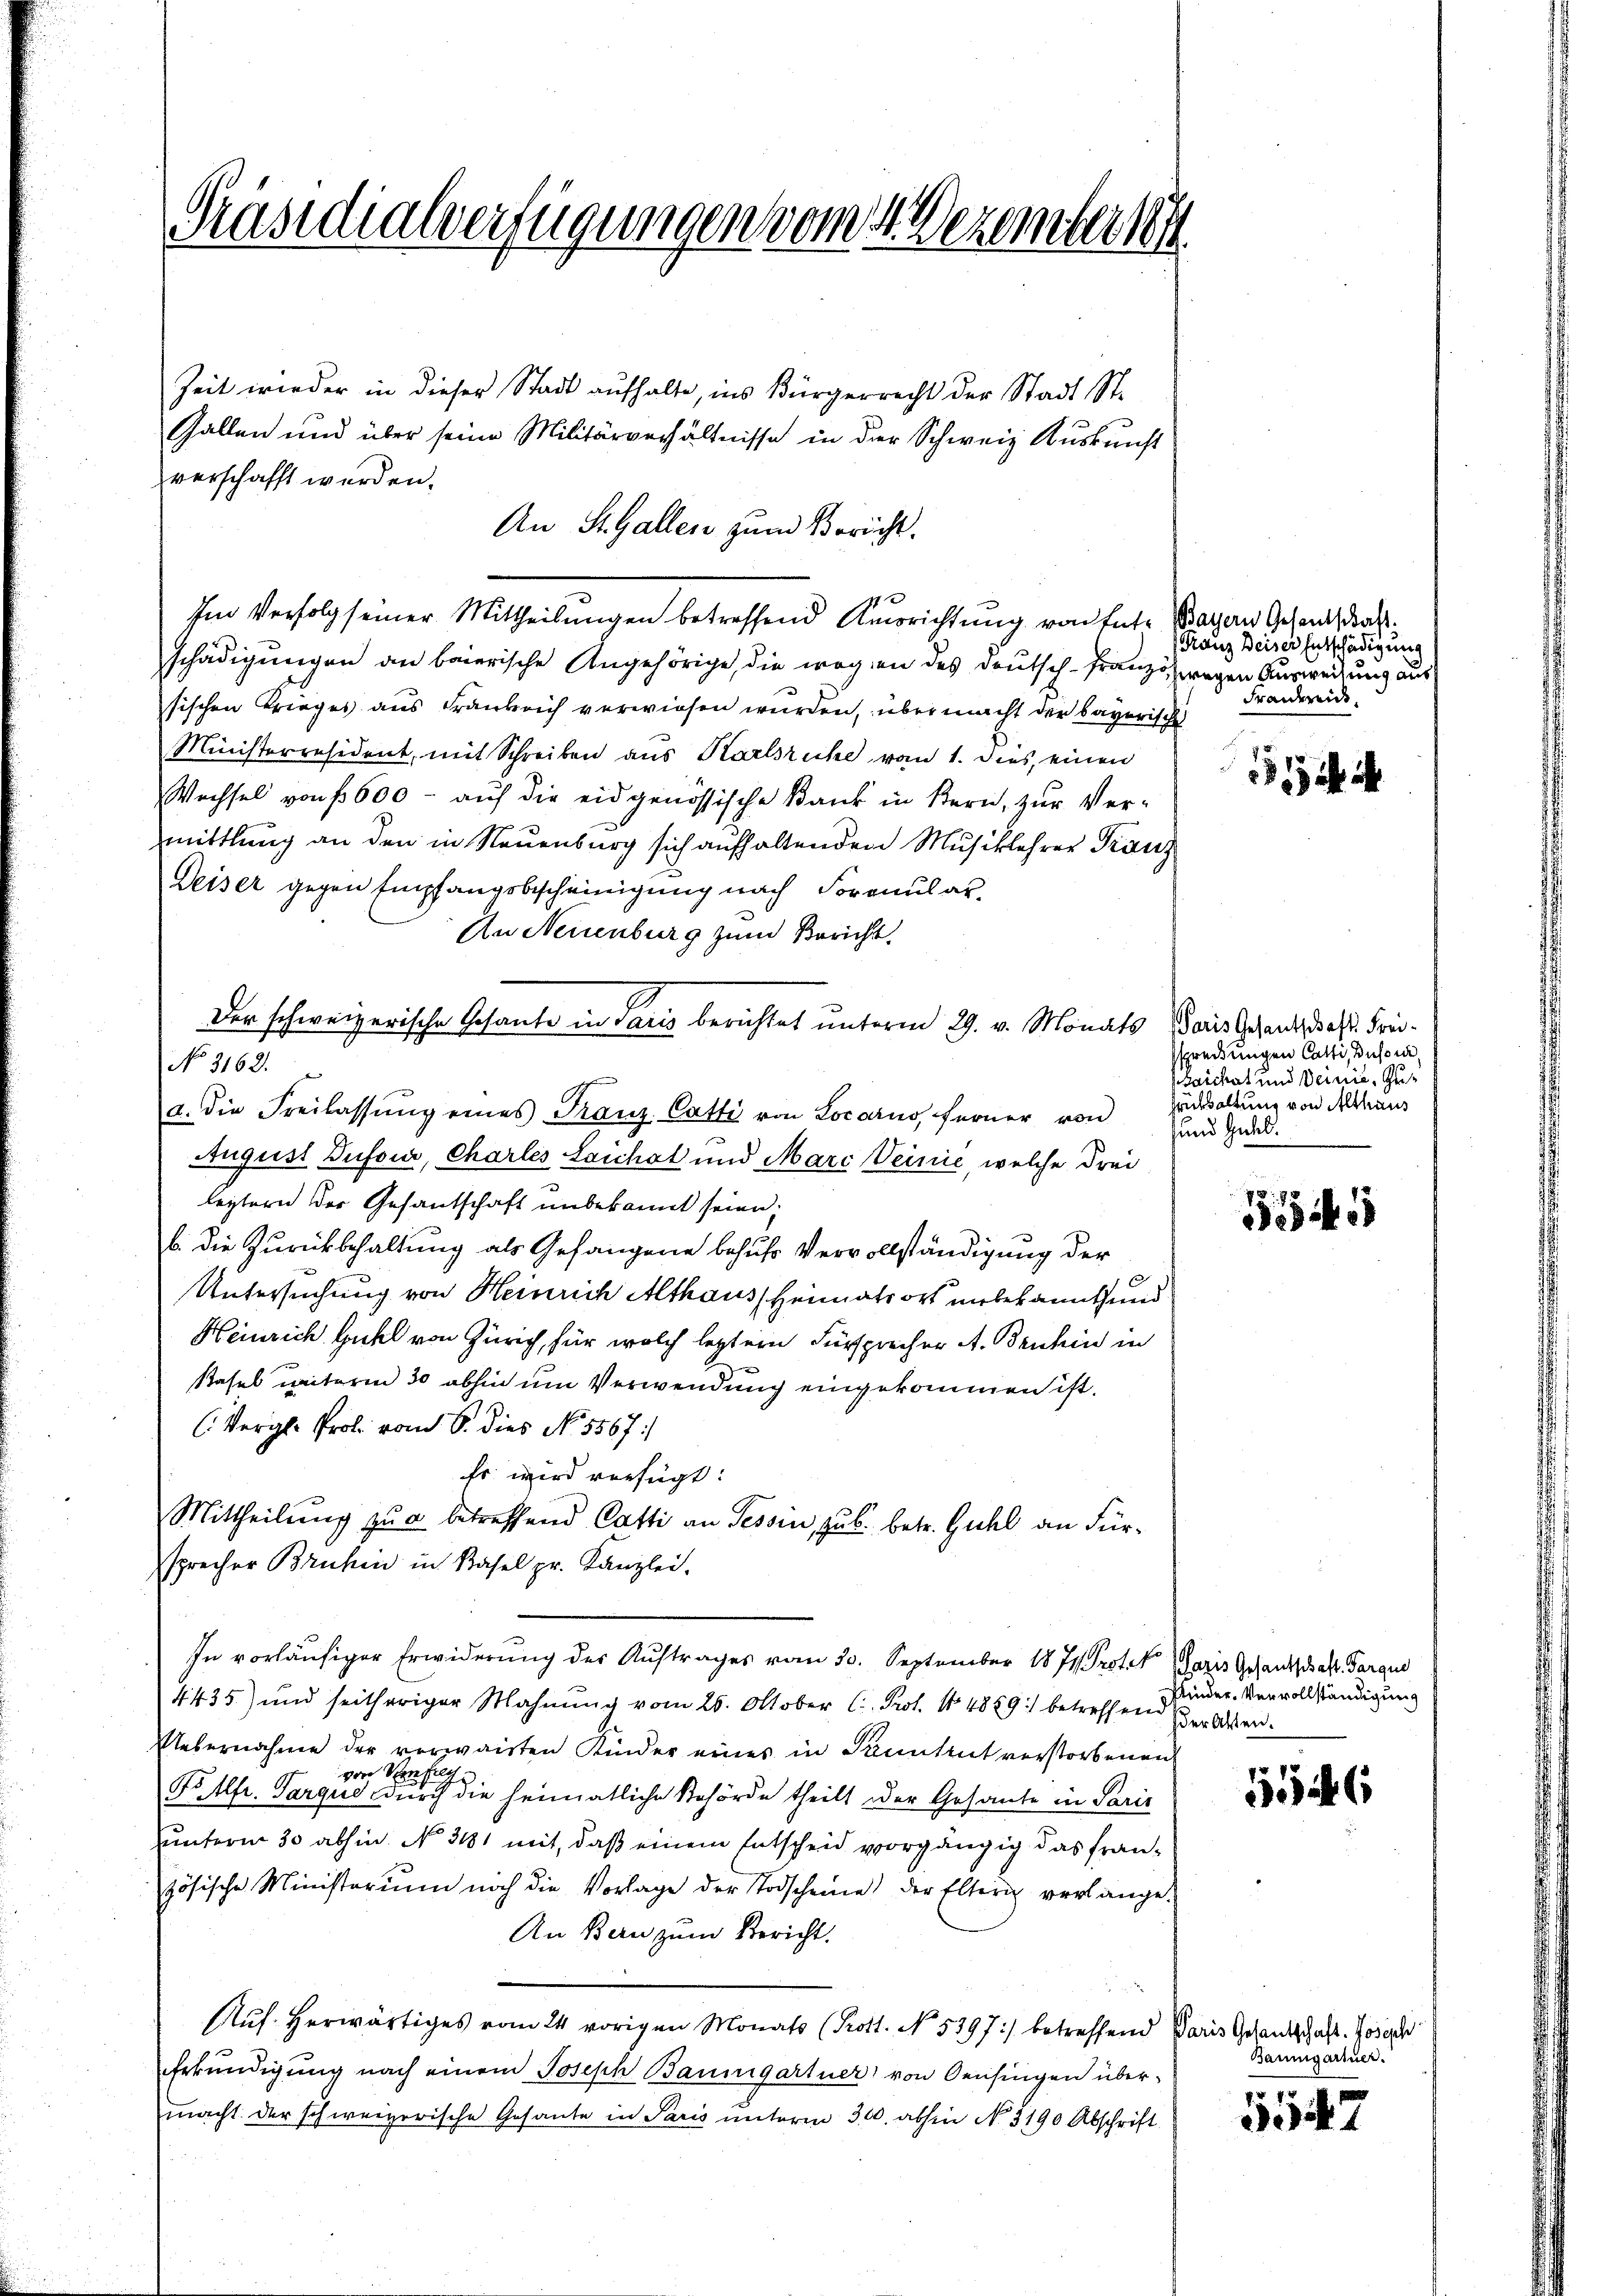
Präsidialverfügungen vom 4. Dezember 18

Zeit wieder in dieser Stadt aufhalte, ins Bürgerrecht der Stadt St.
Gallen und über seine Militärverhältnisse in der Schweiz Auskunft
verschafft werden.
An St. Gallen zum Bericht.
Im Verfolg seiner Mittheilungen betreffend Ausrichtung von Entschädigungen an baierische Angehörige, die wegen des Deutsch-Franzözwegen Ausweisung aus
sischen Krieges aus Frankrich verwiesen wurden, übermacht der bayerische
Ministerresident, mit Schreiben aus Karlsruhe vom 1. dies, einen
Wechsel von 600 - auf die eidgenössische Bank in Bern, zur Ver-
mittlung an den in Neuenburg sich aufhaltenden Musiklehrer Franz
Deiser gegen Empfangsbescheinigung nach Formular¬
An Neuenburg zum Bericht.
Der schweizerische Gesante in Paris berichtet unterm 29. v. Monats Paris Gehend, daß Frei¬
No. 3162.
a. die Freilassŭng eines Franz Catti von Locarno, ferner von
August Dufour, Charles Leichst und Mari Weinić, welche drei
leitern der Gesandtschaft unbekannt seien;
b. die Zurückbehaltung als Gefangene behufs Vervollständigung der
Untersuchung von Heinrich Althaus, Heimatsort unbekannt und
Heinrich Guhl von Zürich, für welch leztern Fürsprecher A. Benhin in
Stahel weiterm 30 abhin um Verwendung eingekommen ist.
(Vergl. Prof. vom 6. dies No. 5567:
Es wird verfügt:
Mittheilung zu betreffend Catti an Tessin, zu b. betr. Guhl an Fürsprecher Bruhin in Basel pr. Kanzlei.
In vorläufiger Erwiderung des Auftrages vom 30. September 1871 Prot. V
4435) und seitheriger Mahnŭng vom 26. Oktober C. Prot. 14889 betreffend verlaßen.
Uebernahme der verwaisten Kinder eines in Panntent verstorbenen
von Sein folge
Fr. Alfr. Parque durch die heimatliche Behörde theilt der Gesante in Paris
uunteren 30 abhin. No 3181 mit, daß einem Entscheid vorgängig das französische Ministerium noch die Vorlage der Todscheine der Eltern verlänge.
An Bern zum Bericht.
Ruf herwärtiges vom 24. vorigen Monats (Krott. No. 5197) betreffend Paris Gesantschaft. Joseph
Erkundigung nach einem Joseph Baumgartner von Oensingen übermacht der schweizerische Gesante in Paris unterm 300. abhin No. 3190 Abschrift

Bayern Gesentschaft.
Franz Deiser Entschädigung
Fraiderit.

15

sspreckungen Catti, Bussen,
aichat und Deinie, zu¬
Grübsaltung von Althaus
und Gutes.

5

Paris Gesandschaft. Parque
Plinder. Vervollständigung

5546

Bannigärtner.

57
347